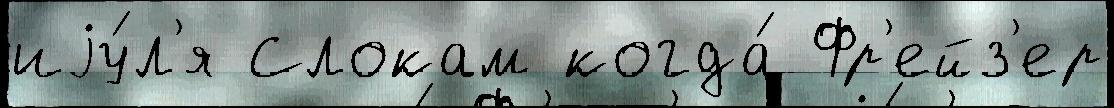
иjу́л'я Слокам когда́ Фр'ейз'ер